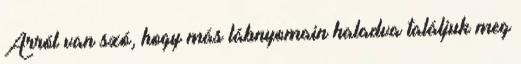
Arról van szó, hogy más lábnyomain haladva találjuk meg